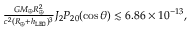
\begin{array} { r } { \frac { G M _ { \oplus } R _ { \oplus } ^ { 2 } } { c ^ { 2 } ( R _ { \oplus } + h _ { \tt L E O } ) ^ { 3 } } J _ { 2 } P _ { 2 0 } ( \cos \theta ) \lesssim 6 . 8 6 \times 1 0 ^ { - 1 3 } , } \end{array}